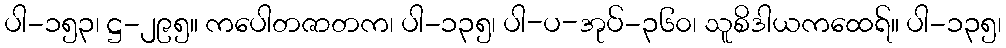
ပါ-၁၅၃၊ ဋ္ဌ-၂၉၅။ ကပေါတဇာတက၊ ပါ-၁၃၅၊ ပါ-ပ-အုပ်-၃၆၀၊ သူစိဒါယကထေရ်။ ပါ-၁၃၅၊